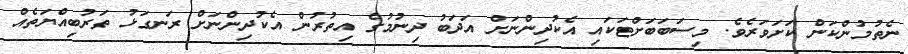
ނެތުމުންކަން ކަށަވަރެވެ. މިސަބަބަށްޓަކައި އެކުދިންނަށް އަދަބު ދިނުމުގެ އިތުރުން އެކުދިންނަށް ރަނގަޅު ތަރުބިއްޔަތެއް